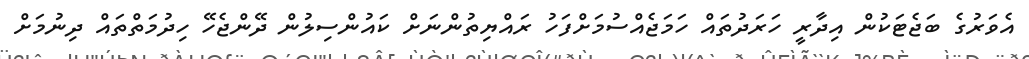
އެވަރުގެ ބަޖެޓަކުން އިދާރީ ހަރަދުތައް ހަމަޖެއްސުމަށްފަހު ރައްޔިތުންނަށް ކައުންސިލުން ދޭންޖެހޭ ހިދުމަތްތައް ދިނުމަށް